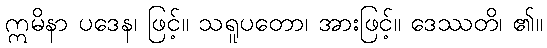
ဣမိနာ ပဒေန၊ ဖြင့်။ သရူပတော၊ အားဖြင့်။ ဒေဿတိ၊ ၏။